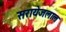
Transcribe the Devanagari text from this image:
सरायेजलाल